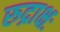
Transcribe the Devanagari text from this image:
रुद्राक्षः